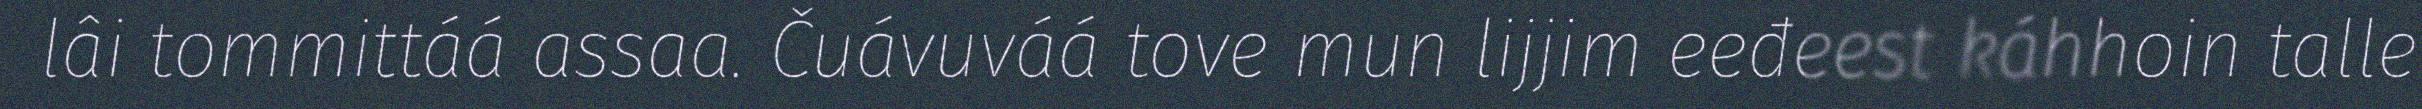
lâi tommittáá assaa. Čuávuváá tove mun lijjim eeđeest káhhoin talle